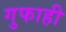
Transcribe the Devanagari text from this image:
गुफाही